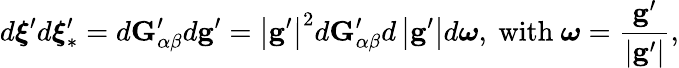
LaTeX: d\boldsymbol{\xi}^{\prime}d\boldsymbol{\xi}_{\ast}^{\prime}=d\mathbf{G}_{\alpha\beta}^{\prime}d\mathbf{g}^{\prime}=\left\vert\mathbf{g}^{\prime}\right\vert^{2}d\mathbf{G}_{\alpha\beta}^{\prime}d\left\vert\mathbf{g}^{\prime}\right\vert d\boldsymbol{\omega}\mathrm{,~with~}\boldsymbol{\omega}=\frac{\mathbf{g}^{\prime}}{\left\vert\mathbf{g}^{\prime}\right\vert}\mathrm{,}